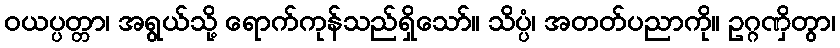
ဝယပ္ပတ္တာ၊ အရွယ်သို့ ရောက်ကုန်သည်ရှိသော်။ သိပ္ပံ၊ အတတ်ပညာကို။ ဥဂ္ဂဏှိတွာ၊